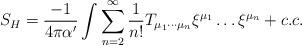
LaTeX: \begin{align*}S_H = \frac{-1}{4\pi\alpha'} \int\sum^{\infty}_{n=2} \frac{1}{n!}T_{\mu_1 \cdots \mu_n} \xi^{\mu_1} \ldots\xi^{\mu_n} + c.c.\end{align*}